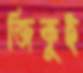
জিকুই